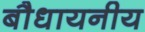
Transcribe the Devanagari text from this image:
बौधायनीय